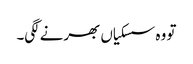
تو وہ سسکیاں بھرنے لگی۔